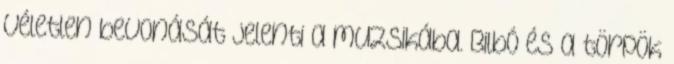
véletlen bevonását jelenti a muzsikába. Bilbó és a törpök